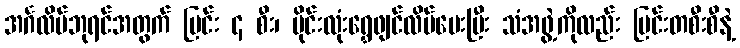
အင်္ဂလိပ်ဘုရင်အတွက် မြင်း ၄ စီး၊ မိုင်းလုံးရွှေဖျင်လိပ်ပေးပြီး သံအဖွဲ့ကိုလည်း မြင်းတစီးစီနဲ့